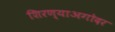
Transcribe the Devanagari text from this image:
शिरण्याअगोदर